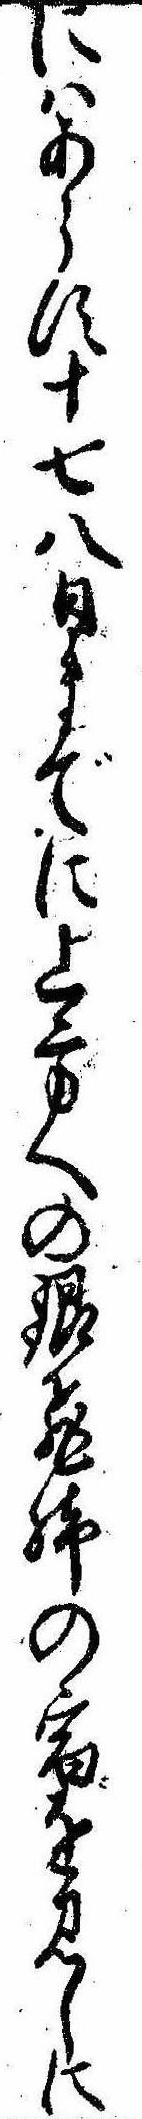
にはあらす十七八日までに上方への銀飛脚の宿を見しに